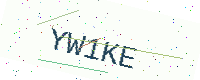
Text: YW1KE